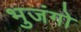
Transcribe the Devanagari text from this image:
भुजंगो